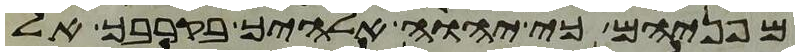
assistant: מפניהם כי יהוה אלהיך בקרבך אל